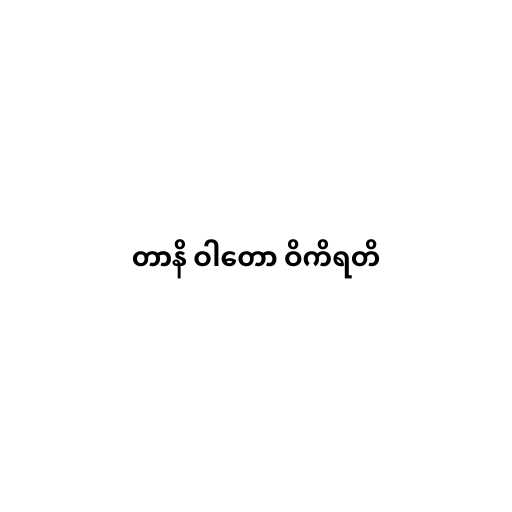
တာနိ ဝါတော ဝိကိရတိ